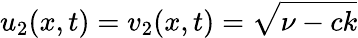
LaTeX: u_{2}(x,t)=v_{2}(x,t)=\sqrt{\nu-ck}